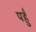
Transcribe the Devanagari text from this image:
पहुँ